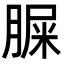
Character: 䐖